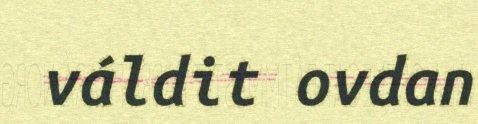
váldit ovdan